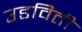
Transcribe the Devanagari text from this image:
उडविती